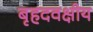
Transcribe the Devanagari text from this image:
बृहदवक्षीय